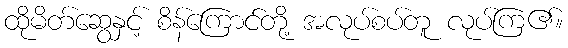
ထိုမိတ်ဆွေနှင့် စိန်ကြောင်တို့ အလုပ်စပ်တူ လုပ်ကြ၏။